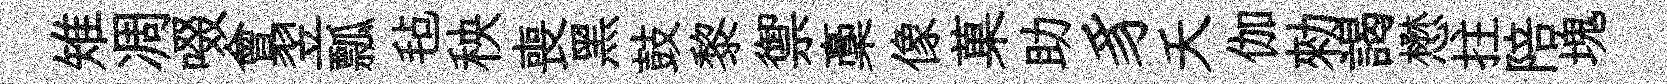
雉凋啜會翌瓢毡秧喪黑鼓黎禦稾像菓助豸夭伽勑謁懋拄陪塊